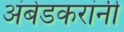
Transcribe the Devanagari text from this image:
अंबेडकरांनी